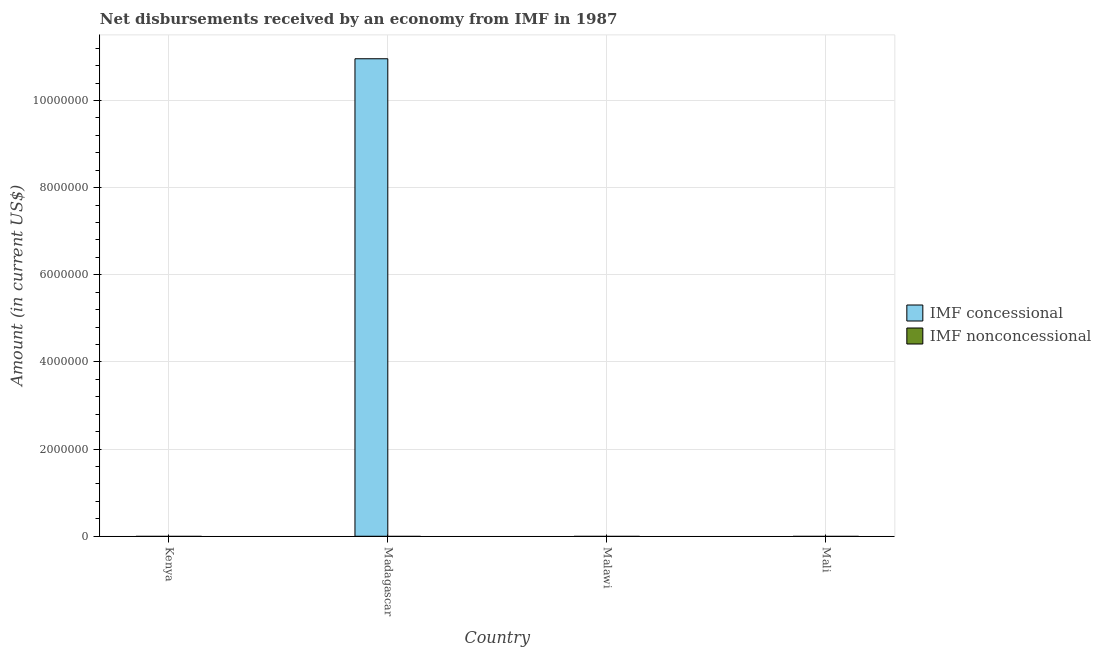
| Country | IMF concessional | IMF nonconcessional |
 | --- | --- | --- |
 | Kenya | -1.19e+07 | -1.1e+08 |
 | Madagascar | 1.1e+07 | -8.45e+06 |
 | Malawi | -3.82e+06 | -3.09e+07 |
 | Mali | -5.61e+06 | -2.15e+07 |